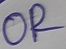
Text: OR